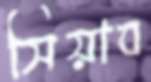
সিয়াব